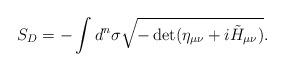
LaTeX: \begin{align*}S_D = - \int d^n \sigma \sqrt{- \det (\eta_{\mu\nu} + i \tilde{H}_{\mu\nu})}.\end{align*}